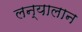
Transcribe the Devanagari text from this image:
लन्यालान